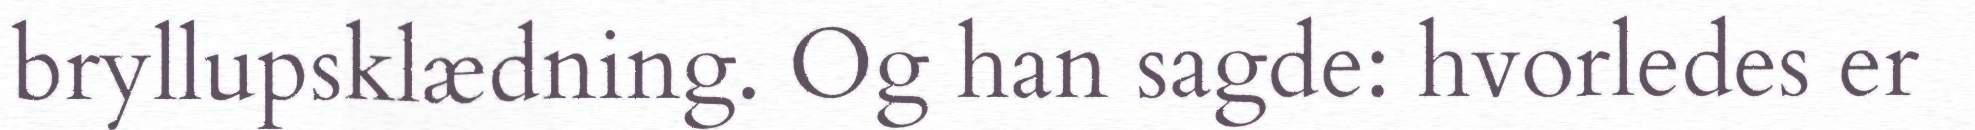
bryllupsklædning. Og han sagde: hvorledes er